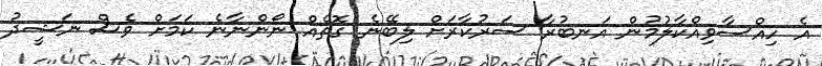
އެ ހިއްސާވިއްކާލުމުން އަނބުރާ ސަރުކާރަށް ލިބޭނެ ގޮތެއް ނޯންނާނެ ކަމަށް ވެސް ނަޝީދު